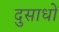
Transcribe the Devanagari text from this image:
दुसाधों